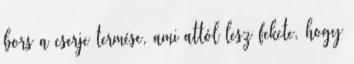
bors a cserje termése, ami attól lesz fekete, hogy